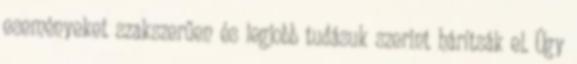
eseményeket szakszerűen és legjobb tudásuk szerint hárítsák el. Úgy